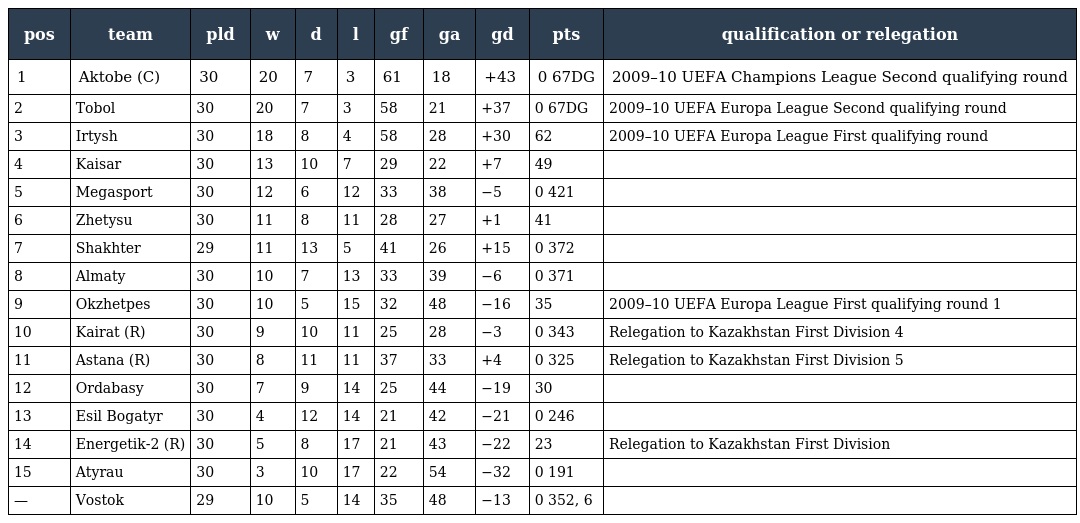
| pos | team | pld | w | d | l | gf | ga | gd | pts | qualification or relegation |
 | --- | --- | --- | --- | --- | --- | --- | --- | --- | --- | --- |
 | 1 | Aktobe (C) | 30 | 20 | 7 | 3 | 61 | 18 | +43 | 0 67DG | 2009–10 UEFA Champions League Second qualifying round |
 | 2 | Tobol | 30 | 20 | 7 | 3 | 58 | 21 | +37 | 0 67DG | 2009–10 UEFA Europa League Second qualifying round |
 | 3 | Irtysh | 30 | 18 | 8 | 4 | 58 | 28 | +30 | 62 | 2009–10 UEFA Europa League First qualifying round |
 | 4 | Kaisar | 30 | 13 | 10 | 7 | 29 | 22 | +7 | 49 |  |
 | 5 | Megasport | 30 | 12 | 6 | 12 | 33 | 38 | −5 | 0 421 |  |
 | 6 | Zhetysu | 30 | 11 | 8 | 11 | 28 | 27 | +1 | 41 |  |
 | 7 | Shakhter | 29 | 11 | 13 | 5 | 41 | 26 | +15 | 0 372 |  |
 | 8 | Almaty | 30 | 10 | 7 | 13 | 33 | 39 | −6 | 0 371 |  |
 | 9 | Okzhetpes | 30 | 10 | 5 | 15 | 32 | 48 | −16 | 35 | 2009–10 UEFA Europa League First qualifying round 1 |
 | 10 | Kairat (R) | 30 | 9 | 10 | 11 | 25 | 28 | −3 | 0 343 | Relegation to Kazakhstan First Division 4 |
 | 11 | Astana (R) | 30 | 8 | 11 | 11 | 37 | 33 | +4 | 0 325 | Relegation to Kazakhstan First Division 5 |
 | 12 | Ordabasy | 30 | 7 | 9 | 14 | 25 | 44 | −19 | 30 |  |
 | 13 | Esil Bogatyr | 30 | 4 | 12 | 14 | 21 | 42 | −21 | 0 246 |  |
 | 14 | Energetik-2 (R) | 30 | 5 | 8 | 17 | 21 | 43 | −22 | 23 | Relegation to Kazakhstan First Division |
 | 15 | Atyrau | 30 | 3 | 10 | 17 | 22 | 54 | −32 | 0 191 |  |
 | — | Vostok | 29 | 10 | 5 | 14 | 35 | 48 | −13 | 0 352, 6 |  |